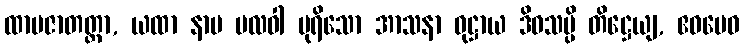
ထာမဇာတတ္တာ, ယထာ နာမ ဗလဝါ ပုရိသော အာသနာ ဝုဋ္ဌာယ ဒိဝသမ္ပိ တိဋ္ဌေယျ, ဧဝမေဝ